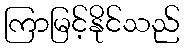
ကြာမြင့်နိုင်သည်